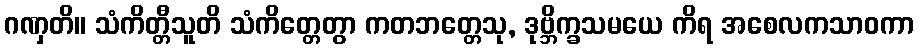
ဂဏှတိ။ သံကိတ္တီသူတိ သံကိတ္တေတွာ ကတဘတ္တေသု, ဒုဗ္ဘိက္ခသမယေ ကိရ အစေလကသာဝကာ